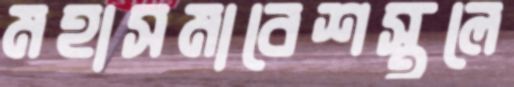
মহাসমাবেশস্থলে